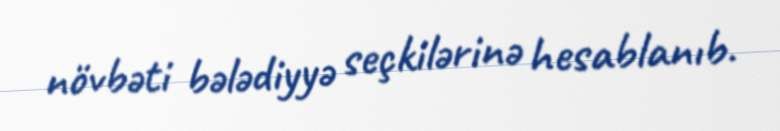
növbəti bələdiyyə seçkilərinə hesablanıb.